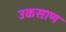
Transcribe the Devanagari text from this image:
उकसाण